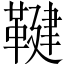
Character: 鞬